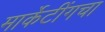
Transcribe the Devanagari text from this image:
मार्केटींगचा